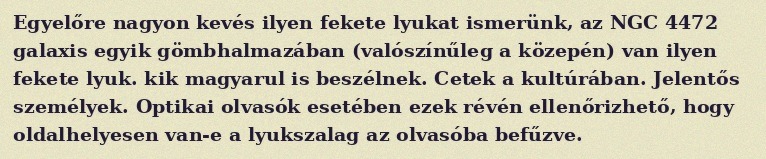
Egyelőre nagyon kevés ilyen fekete lyukat ismerünk, az NGC 4472 galaxis egyik gömbhalmazában (valószínűleg a közepén) van ilyen fekete lyuk. kik magyarul is beszélnek. Cetek a kultúrában. Jelentős személyek. Optikai olvasók esetében ezek révén ellenőrizhető, hogy oldalhelyesen van-e a lyukszalag az olvasóba befűzve.